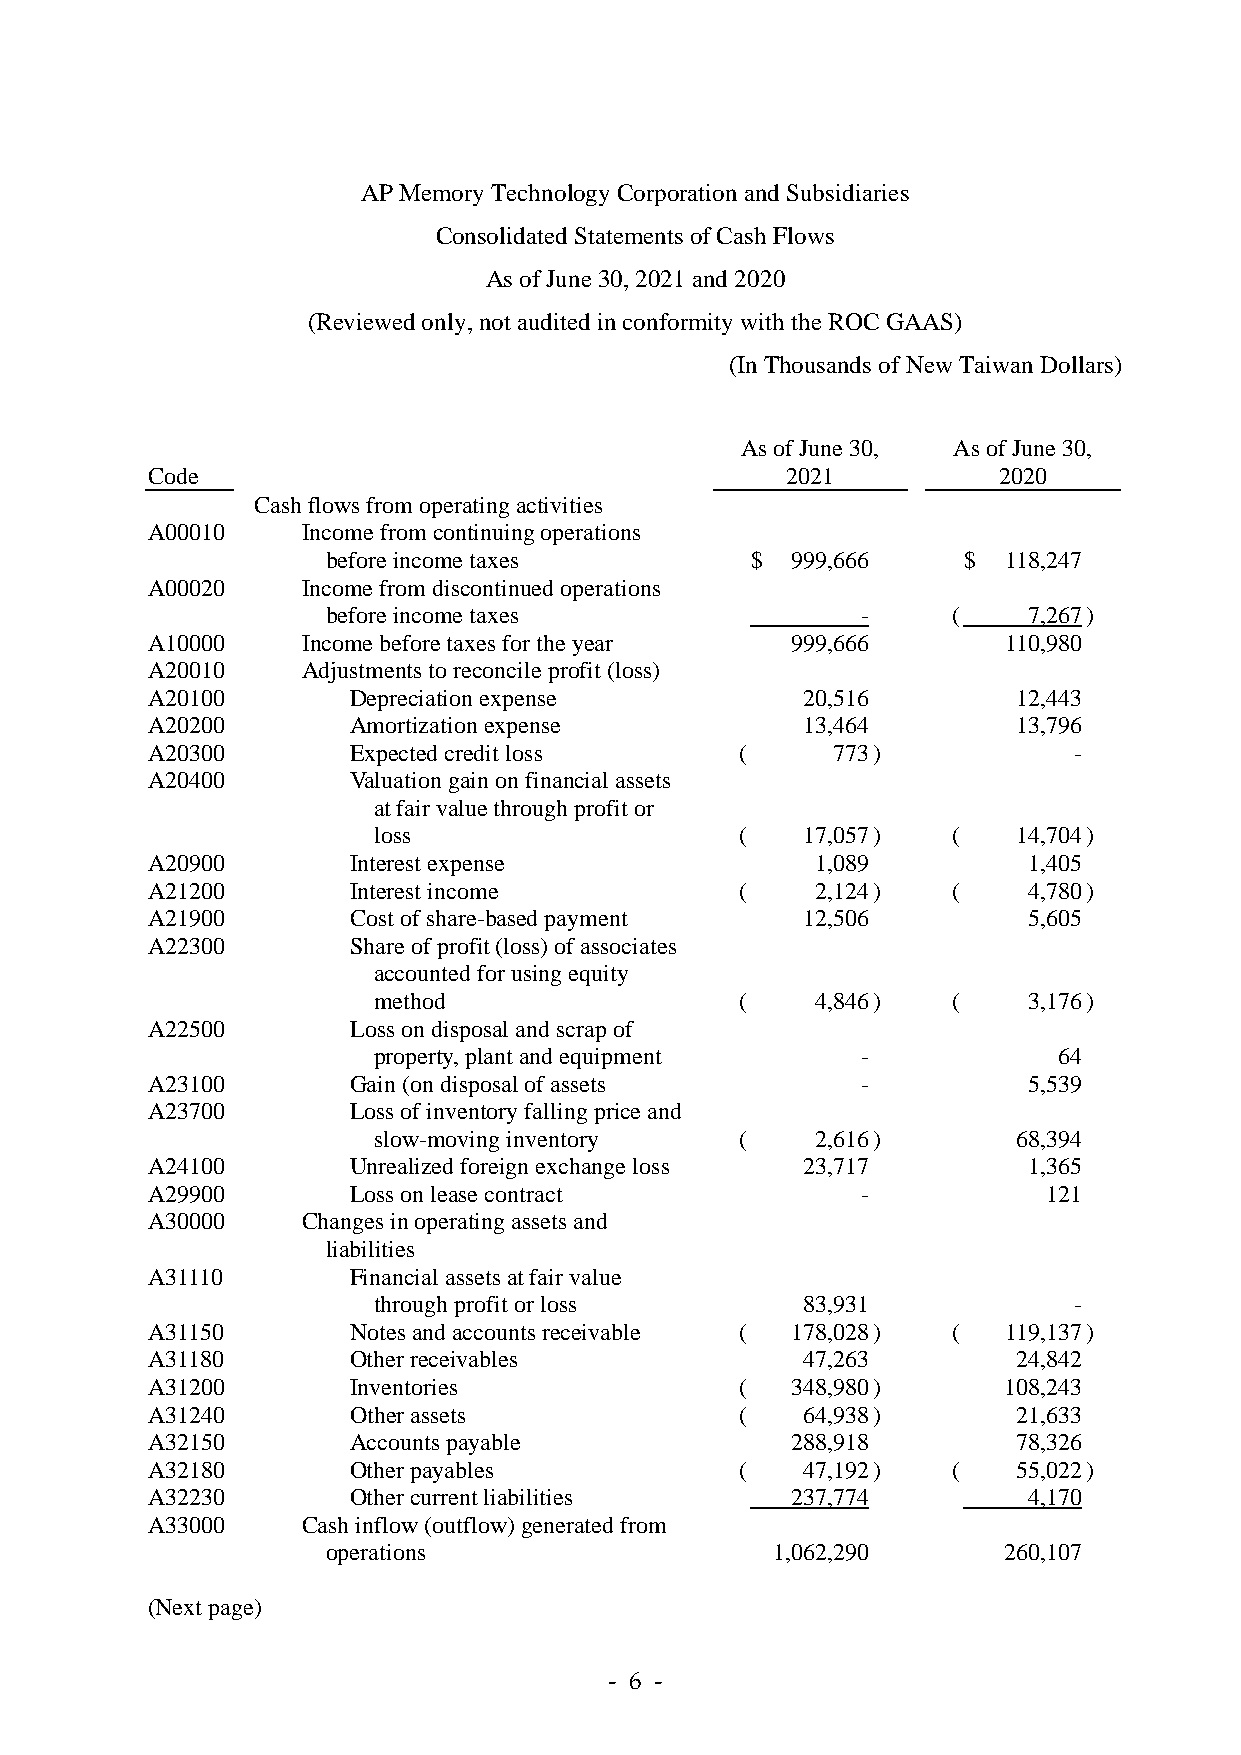
AP Memory Technology Corporation and Subsidiaries
 Consolidated Statements of Cash Flows
 As of June 30, 2021 and 2020
 (Reviewed only, not audited in conformity with the ROC GAAS)
 (In Thousands of New Taiwan Dollars)
 As of June 30, As of June 30,
 Code                                      2021          2020
 Cash flows from operating activities
 A00010    Income from continuing operations
 before income taxes         $ 999,666     $ 118,247
 A00020    Income from discontinued operations
 before income taxes                -     (    7,267 )
 A10000    Income before taxes for the year 999,666      110,980
 A20010    Adjustments to reconcile profit (loss)
 A20100       Depreciation expense          20,516        12,443
 A20200       Amortization expense          13,464        13,796
 A20300       Expected credit loss      (     773 )           -
 A20400       Valuation gain on financial assets
 at fair value through profit or
 loss                    (   17,057 )  (   14,704 )
 A20900       Interest expense               1,089         1,405
 A21200       Interest income           (    2,124 )  (    4,780 )
 A21900       Cost of share-based payment   12,506         5,605
 A22300       Share of profit (loss) of associates
 accounted for using equity
 method                  (    4,846 )  (    3,176 )
 A22500       Loss on disposal and scrap of
 property, plant and equipment   -            64
 A23100       Gain (on disposal of assets       -          5,539
 A23700       Loss of inventory falling price and
 slow-moving inventory   (    2,616 )      68,394
 A24100       Unrealized foreign exchange loss 23,717      1,365
 A29900       Loss on lease contract            -           121
 A30000    Changes in operating assets and
 liabilities
 A31110       Financial assets at fair value
 through profit or loss      83,931            -
 A31150       Notes and accounts receivable ( 178,028 ) ( 119,137 )
 A31180       Other receivables             47,263        24,842
 A31200       Inventories               (  348,980 )     108,243
 A31240       Other assets              (   64,938 )      21,633
 A32150       Accounts payable             288,918        78,326
 A32180       Other payables            (   47,192 )  (   55,022 )
 A32230       Other current liabilities    237,774         4,170
 A33000    Cash inflow (outflow) generated from
 operations                   1,062,290      260,107
 (Next page)
 - 6 -